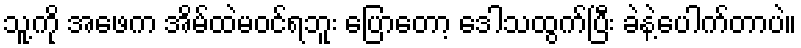
သူ့ကို အဖေက အိမ်ထဲမဝင်ရဘူး ပြောတော့ ဒေါသထွက်ပြီး ခဲနဲ့ပေါက်တာပဲ။